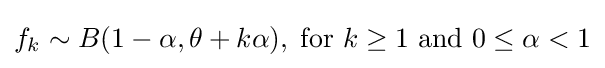
f_{k}\sim B(1-\alpha ,\theta +k\alpha ),\;{\text{for }}k\geq 1{\text{ and }}0\leq \alpha <1